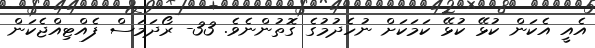
އެއީ އެކަން ކުޅޭ ކުޅޭ ކަމަކަށް ނުހެދުމުގެ ގޮތުންނެވެ. 33- ރޯދަމަސް ފެއްޓިއްޖެކަން